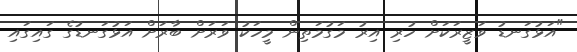
"އަޅުގަނޑު ވަޒީރަކަށް ހުރި އިރު މަގުމަތިން މީހަކު ވަރަށް ބާރަށް އަޅުގަނޑުގެ ގައިގައި